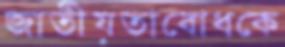
জাতীয়তাবোধকে